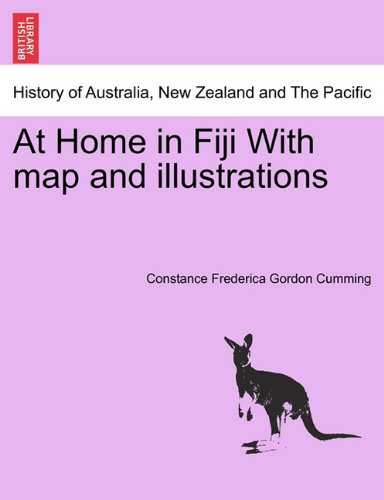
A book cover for At Home in Fiji With map and illustrations; Constance Frederica Gordon Cumming; History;